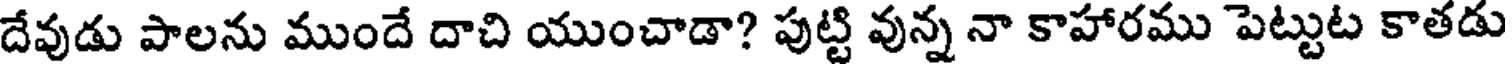
దేవుడు పాలను ముందే దాచి యుంచాడా? పుట్టి వున్న నా కాహారము పెట్టుట కాతడు